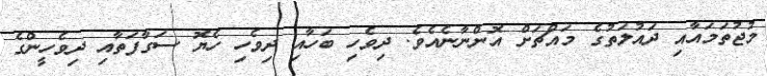
މުޖުތަމައާއި ދައުލަތުގެ މައްޗަށް އޮންނާނެއެވެ. ދިވެހި ބަހާއި ދިވެހި ހެޔޮ ސަގާފަތާއި ދިވެހީންގެ